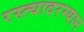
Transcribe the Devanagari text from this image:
रस्त्यादरम्यान